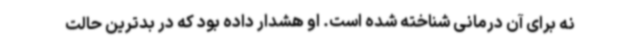
نه برای آن درمانی شناخته شده است. او هشدار داده بود که در بدترین حالت